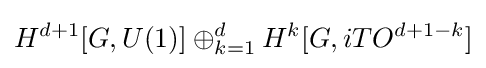
H^{d+1}[G,U(1)]\oplus _{k=1}^{d}H^{k}[G,iTO^{d+1-k}]